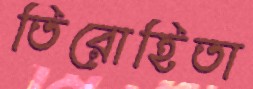
তিরোহিতা